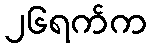
၂၆ရက်က